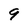
Character: 9